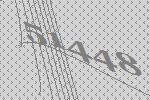
51448